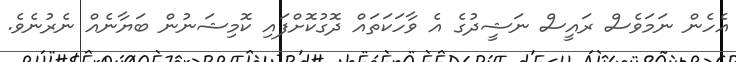
އެހެން ނަމަވެސް ރައީސް ނަޝީދުގެ އެ ވާހަކަތައް ދޮގުކޮށްފައި ކޮމިޝަނުން ބަޔާނެއް ނެރުނެވެ.